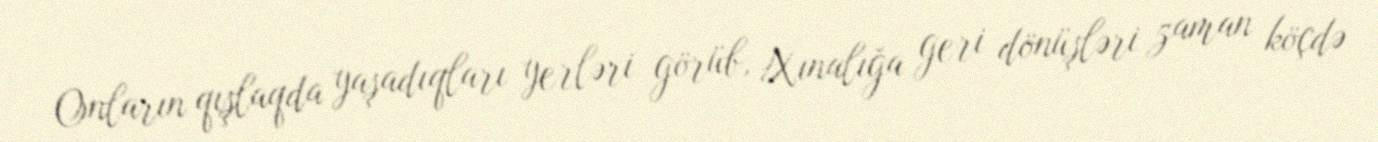
Onların qışlaqda yaşadıqları yerləri görüb, Xınalığa geri dönüşləri zaman köçdə